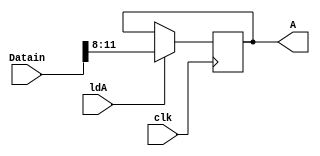
module LdA(
	A,
	Datain,
	ldA,
	clk
);

output reg [3:0] A;
input wire [11:0] Datain;
input wire ldA;
input wire clk;

always @(posedge clk) begin
	if(ldA)
		A <= Datain[11:8];
end

endmodule